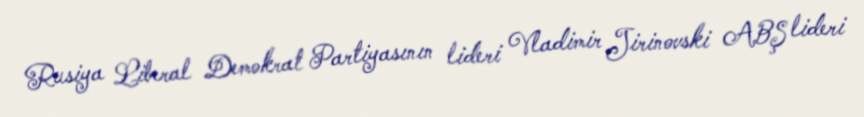
Rusiya Liberal Demokrat Partiyasının lideri Vladimir Jirinovski ABŞ lideri